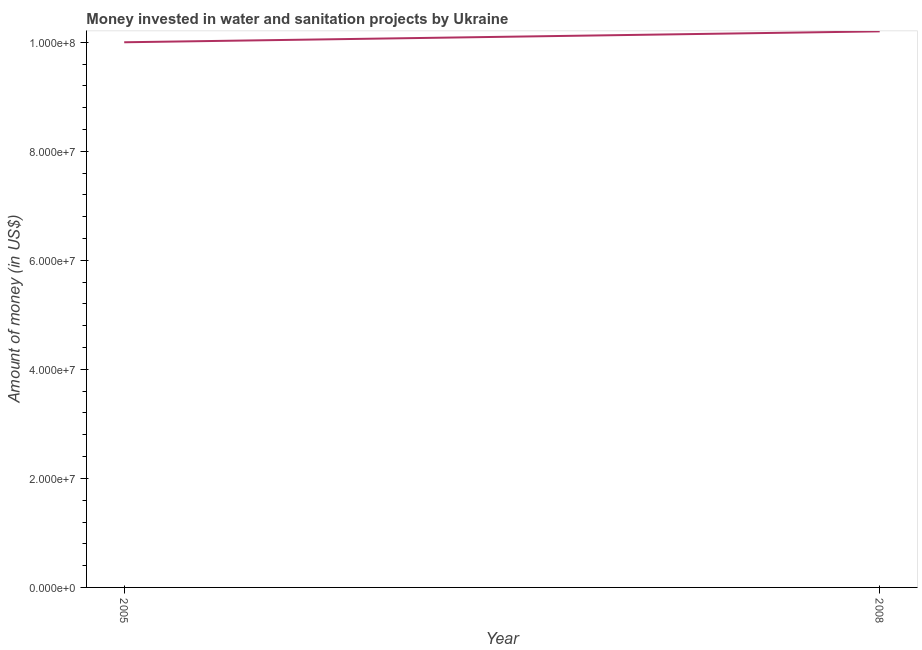
| Year | Investment |
 | --- | --- |
 | 2005 | 1e+08 |
 | 2008 | 1.02e+08 |